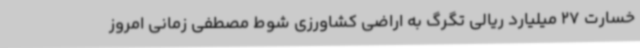
خسارت 27 میلیارد ریالی تگرگ به اراضی کشاورزی شوط مصطفی زمانی امروز